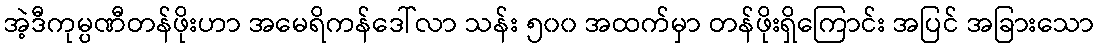
အဲ့ဒီကုမ္ပဏီတန်ဖိုးဟာ အမေရိကန်ဒေါ်လာ သန်း ၅၀၀ အထက်မှာ တန်ဖိုးရှိကြောင်း အပြင် အခြားသော